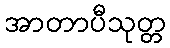
အာတာပီသုတ္တ